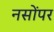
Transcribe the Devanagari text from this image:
नसोंपर